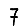
Digit: 7